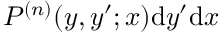
P ^ { ( n ) } ( y , y ^ { \prime } ; x ) \mathrm { d } y ^ { \prime } \mathrm { d } x